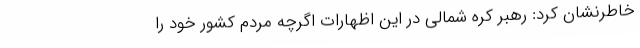
خاطرنشان کرد: رهبر کره شمالی در این اظهارات اگرچه مردم کشور خود را